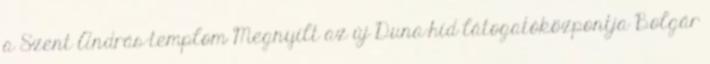
a Szent András-templom Megnyílt az új Duna-híd látogatóközpontja Bolgár